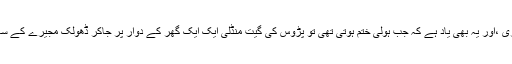
’’اچھی طرح یاد ہے بنواری ،اور یہ بھی یاد ہے کہ جب ہولی ختم ہوتی تھی تو پڑوس کی گیت منڈلی ایک ایک گھر کے دوار پر جاکر ڈھولک مجیرے کے ساتھ دعائیہ گیت گاتی تھی۔